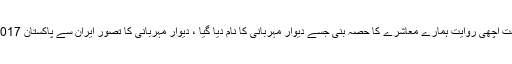
گزشتہ دنوں ایک بہت اچھی روایت ہمارے معاشرے کا حصہ بنی جسے دیوارِ مہربانی کا نام دیا گیا ، دیوار مہربانی کا تصور ایران سے پاکستان 2017 کے آخر میں آیا ۔